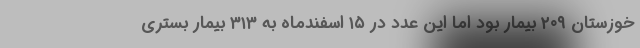
خوزستان ۲۰۹ بیمار بود اما این عدد در ۱۵ اسفندماه به ۳۱۳ بیمار بستری